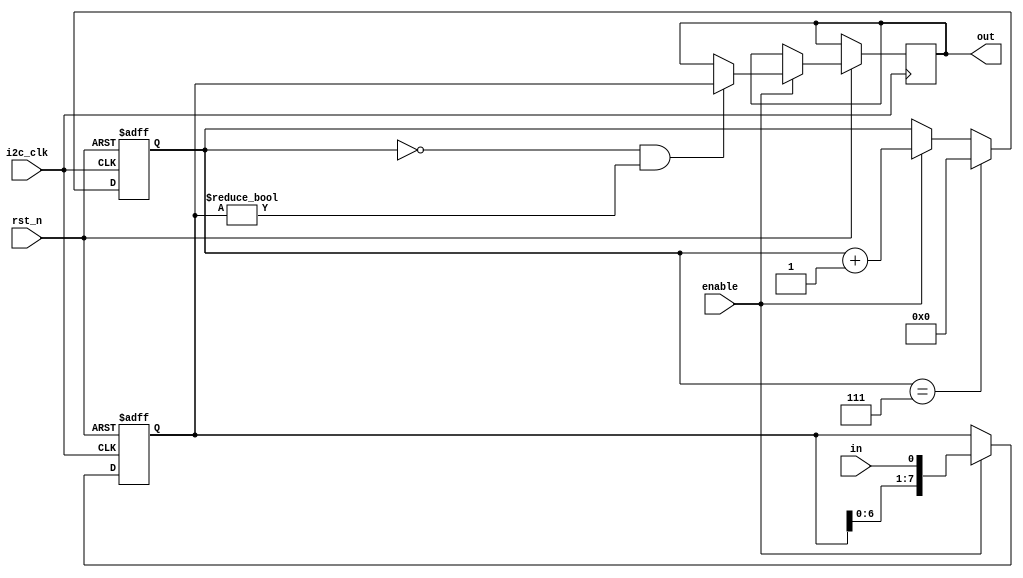
module BitToByteConverter 
    (
        input wire i2c_clk,      // Clock signal
        input wire rst_n,    // Active-low reset signal
        input wire in,       // 1-bit input
        input wire enable,   // Enable signal
        output reg [7:0] out  // 8-bit output
    );

    reg [3:0]   counter;
    reg [7:0]   tmp;

    always @(posedge i2c_clk or negedge rst_n) begin
        if (!rst_n) begin
            counter <= 0;
        end
        else begin
            if(enable)
                counter <= counter + 1;
            if (counter == 7)
                counter <= 0;
        end
    end

    always @(posedge i2c_clk or negedge rst_n) begin
        if (!rst_n) begin
            tmp <= 8'b00000000;  // Reset to 0 when reset is active
        end else begin
            if (enable) begin
                tmp <= {tmp[6:0], in};  // Shift the existing bits and append the new input bit
                if ((counter == 0) && (tmp != 0))
                    out <= tmp;
            end
        end
    end
endmodule